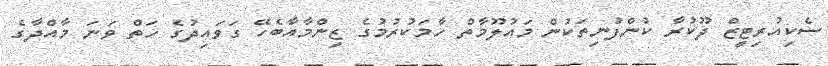
ސެކިއުރިޓީޒް ދޫކުރާ ކުންފުނިތަކުން މައުލޫމާތް ހާމަކުރުމުގެ ޒިންމާއާބެހޭ ގަވައިދުގެ ހަތް ވަނަ މާއްދާގެ